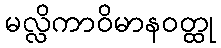
မလ္လိကာဝိမာနဝတ္ထု